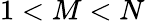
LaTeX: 1<M<N